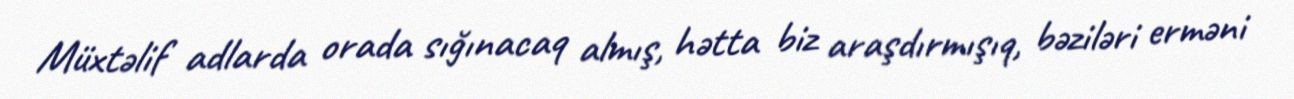
Müxtəlif adlarda orada sığınacaq almış, hətta biz araşdırmışıq, bəziləri erməni